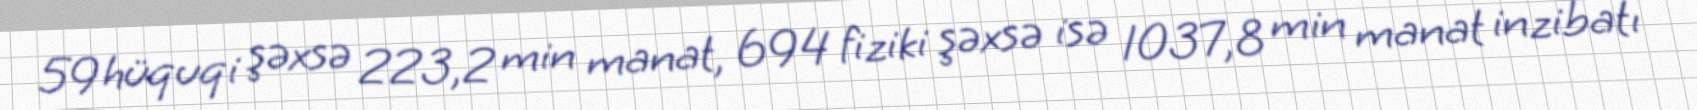
59 hüquqi şəxsə 223,2 min manat, 694 fiziki şəxsə isə 1037,8 min manat inzibatı